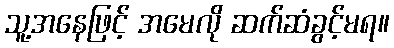
သူ့အနေဖြင့် အမေလို ဆက်ဆံခွင့်မရ။